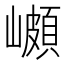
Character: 𭗣